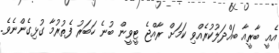
އެއީ ބާރީއާ ބައްދަލުކުރެއްވި ކަމަށް ރާއްޖެ ޓީވީން ބުނެ ހަބަރު ފެތުރުމާ ގުޅިގެންނެވެ.